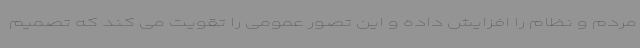
مردم و نظام را افزایش داده و این تصور عمومی را تقویت می کند که تصمیم